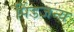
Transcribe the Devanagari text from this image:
पिंडजन्य